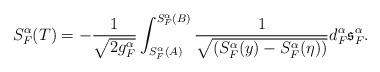
LaTeX: \begin{align*}S_{F}^{\alpha}(T)=-\frac{1}{\sqrt{2 g_{F}^{\alpha}}}\int_{S_{F}^{\alpha}(A)}^{S_{F}^{\alpha}(B)}\frac{1}{\sqrt{(S_{F}^{\alpha}(y)-S_{F}^{\alpha}(\eta))}}d_{F}^{\alpha}\mathfrak{s}_{F}^{\alpha}.\end{align*}